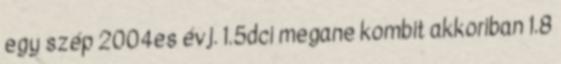
egy szép 2004es évj. 1.5dci megane kombit akkoriban 1.8